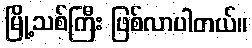
မြို့သစ်ကြီး ဖြစ်လာပါတယ်။